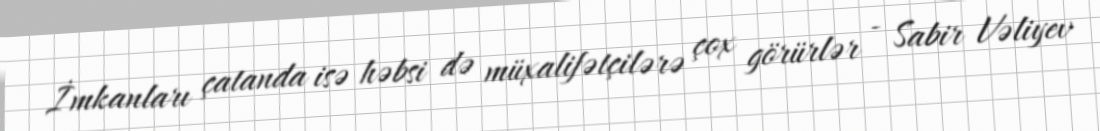
İmkanları çatanda isə həbsi də müxalifətçilərə çox görürlər - Sabir Vəliyev